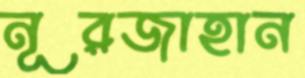
নূরজাহান